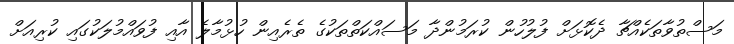
މަސްތުވާތަކެއްޗާ ދެކޮޅަށް ފުލުހުން ކުރަމުންދާ މަސައްކަތްތަކުގެ ތެރެއިން ހުޅުމާލެ އާއި ފުވައްމުލަކުގައި ކުރިއަށް